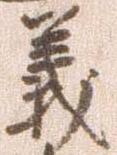
義